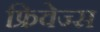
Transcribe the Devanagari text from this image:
फ्रिवेज्स